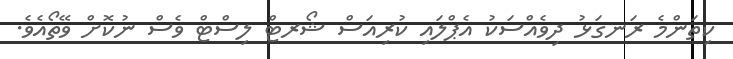
ކިތަންމެ ރަނގަޅު ދިވެއްސަކު އެޕްލައި ކުރިއަސް ޝޯރޓް ލިސްޓް ވެސް ނުކޮށް ވޭތޯއެވެ.